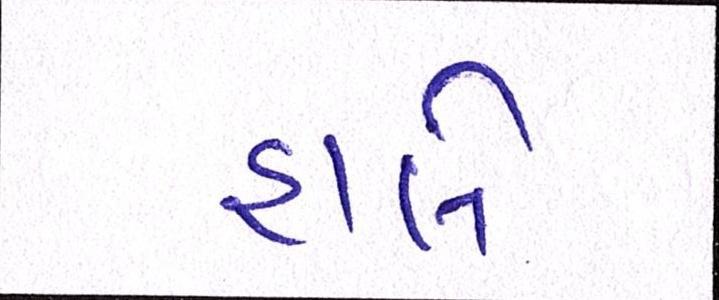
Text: હાલે